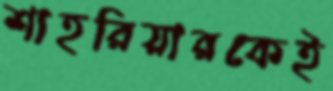
শাহরিয়ারকেই